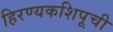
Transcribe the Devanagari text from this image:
हिरण्यकशिपूची